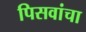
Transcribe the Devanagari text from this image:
पिसवांचा